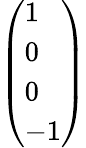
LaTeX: \left(\begin{array}{l}{1}\\ {0}\\ {0}\\ {-1}\end{array}\right)